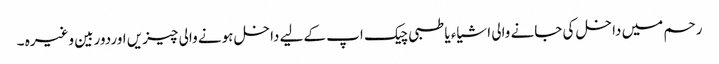
رحم میں داخل کی جانے والی اشیاء یا طبی چیک اپ کےلیے داخل ہونے والی چیزیں اوردوربین وغیرہ ۔